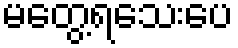
မတွေ့ရသေးပေ